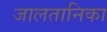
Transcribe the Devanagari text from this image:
जालतानिका